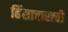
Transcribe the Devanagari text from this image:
हिंसाचाराची